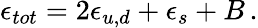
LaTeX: \epsilon_{tot}=2\epsilon_{u,d}+\epsilon_{s}+B\, .